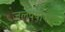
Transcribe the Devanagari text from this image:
जलपर्यावरण